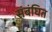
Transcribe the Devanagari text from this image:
संबंघित